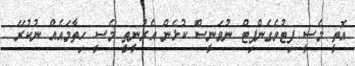
އޮތީ މެސީ ފިޓުވެގެންފިޓް ނުވަނީސް ކުޅެން އެރުނީތީ މެސީ ހިތާމައެއް ނުކުރޭ